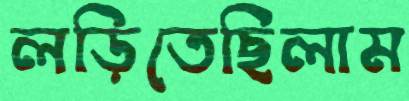
লড়িতেছিলাম